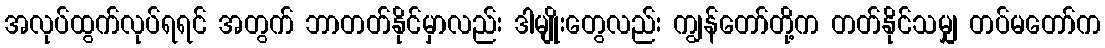
အလုပ်ထွက်လုပ်ရရင် အတွက် ဘာတတ်နိုင်မှာလည်း ဒါမျိုးတွေလည်း ကျွန်တော်တို့က တတ်နိုင်သမျှ တပ်မတော်က